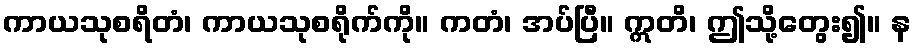
ကာယသုစရိတံ၊ ကာယသုစရိုက်ကို။ ကတံ၊ အပ်ပြီ။ ဣတိ၊ ဤသို့တွေး၍။ န